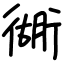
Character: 衚